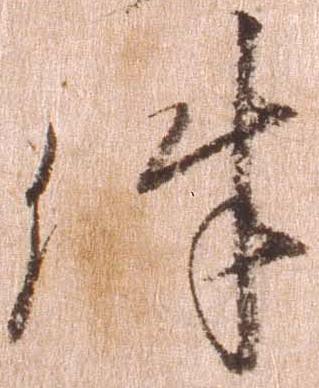
件